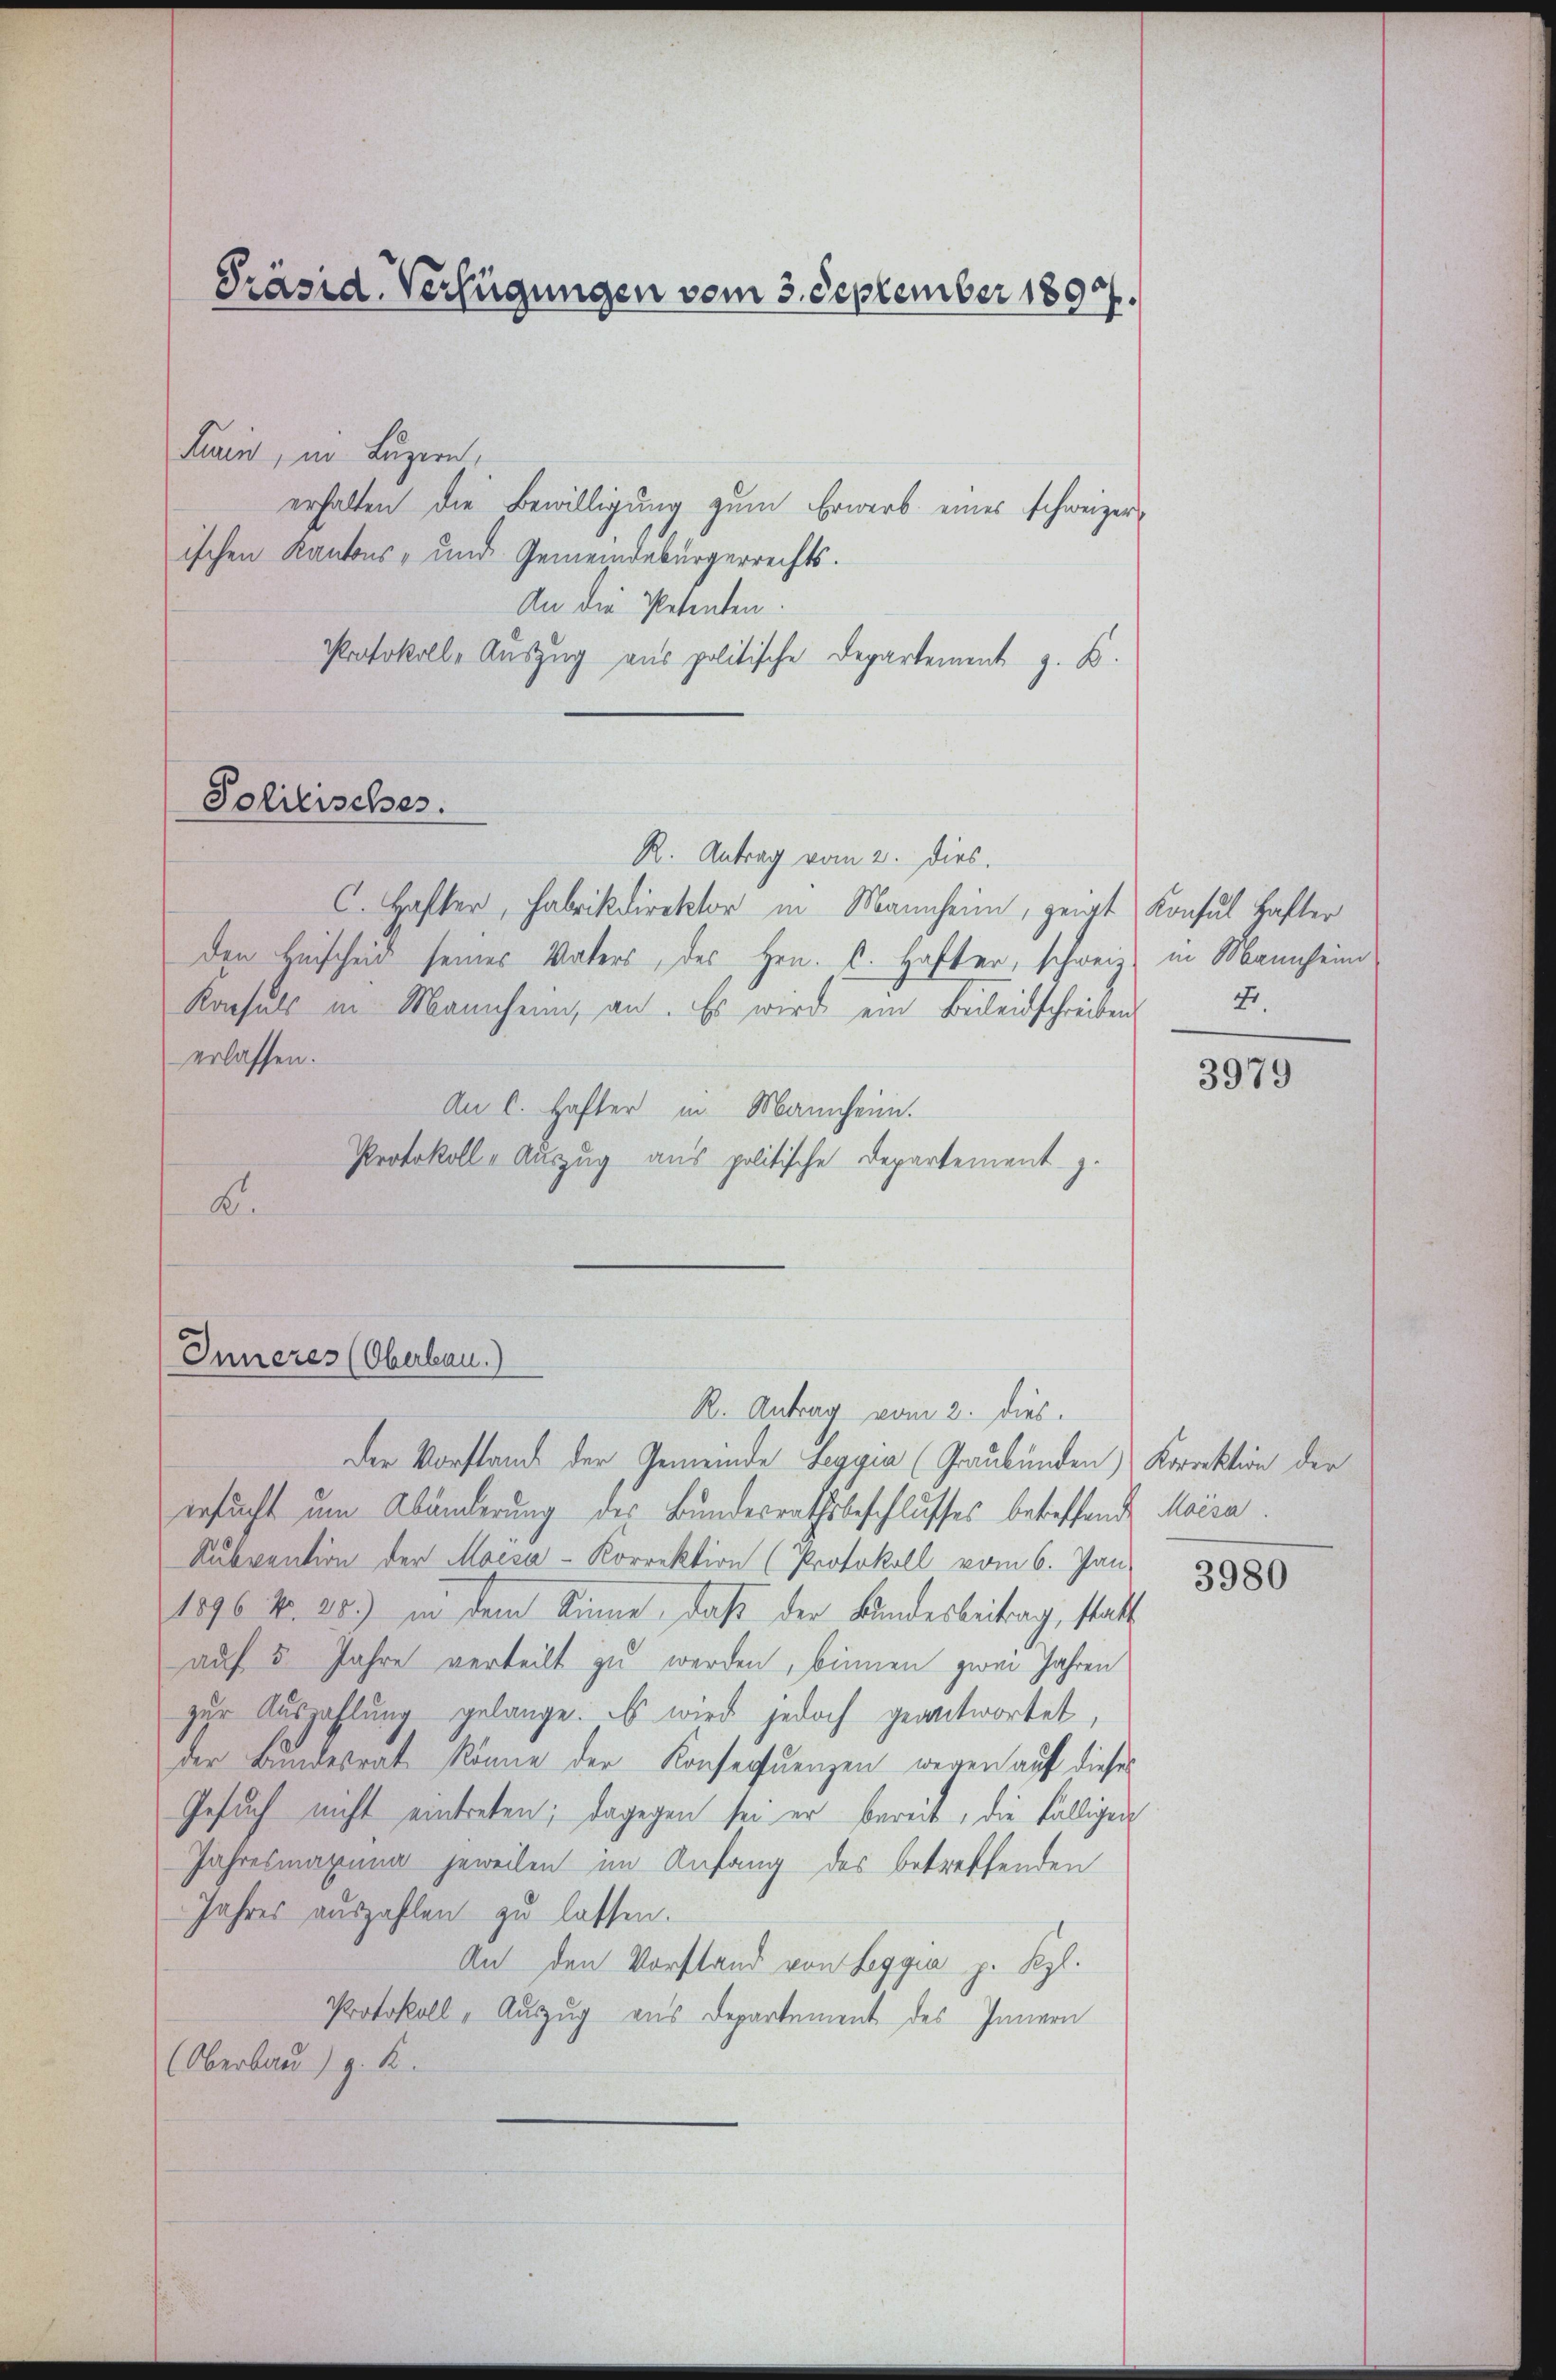
Präsid. Verfügungen vom 3. September 1890.

Turin, in Luzern,
erhalten die Bewilligung zum Erwerb eines schweizerischen Kantons- und Gemeindebürgerrechts.
An die Petenten.
Protokoll-Auszug aus politische Departement z. B.
R. Antrag vom 2. dies
C. Hafter, Fabrikdirektor in Mannheim, zeigt Konsul Hafter
den Beischeid seines Vaters, des Hrn. C. Hafter, schweiz in Mannheim
Konsuls in Mannheim, an. Es wird ein Beileidschreiben
erlassen.
An C. Hafter in Mannheim.
Protokoll-Auszug aus politische Departement z.
A.

Politisches.

Inneres (Oberbau.)

Fr.

R. Antrag vom 2. dies
Der Vorstand der Gemeinde Leggia (Graubünden Korrektion der
ersucht um Abänderung des Bundesrathsbeschlusses betreffende Maisa
Subvention der Macsa-Korrektion (Protokoll vom 6. Jan.
1896 Nr. 20.) in dem Sinne, daß der Bundesbeitrag, statt
auf 5 Jahre verteilt zu werden, binnen zwei Jahren
zur Auszahlung gelange. Es wird jedoch geantwortet,
der Bundesrat könne der Konsequenzen, wegen auf dieses
Gesuch nicht eintreten; dagegen sei er bereit, die fälligen
Jahresmaxuna jeweilen im Anfang des betreffenden
Jahres auszahlen zu lassen.
An den Vorstand von Seggia p. Kgl.
Protokoll - Auszug aus Departement des Innern
(Oberbau) z. B.

3979

3980